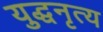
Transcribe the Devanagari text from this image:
युद्धनृत्य